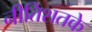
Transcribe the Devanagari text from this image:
नीतिशतके